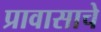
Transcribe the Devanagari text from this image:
प्रावासाचे